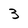
Character: 3